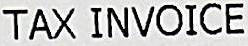
TAX INVOICE